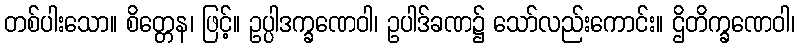
တစ်ပါးသော။ စိတ္တေန၊ ဖြင့်။ ဥပ္ပါဒက္ခဏေဝါ၊ ဥပါဒ်ခဏ၌ သော်လည်းကောင်း။ ဌိတိက္ခဏေဝါ၊